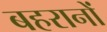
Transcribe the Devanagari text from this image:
बहरानों